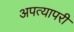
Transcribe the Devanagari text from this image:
अपत्यापरी